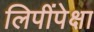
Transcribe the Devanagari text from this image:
लिपींपेक्षा